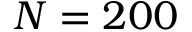
N = 2 0 0